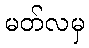
မတ်လမှ